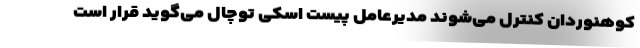
کوهنوردان کنترل می‌شوند مدیرعامل پیست اسکی توچال می‌گوید قرار است